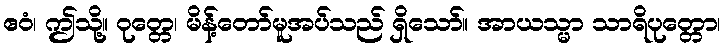
ဧဝံ၊ ဤသို့။ ဝုတ္တေ၊ မိန့်တော်မူအပ်သည် ရှိသော်။ အာယသ္မာ သာရိပုတ္တော၊